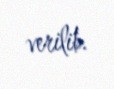
verilib.